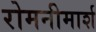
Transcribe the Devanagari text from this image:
रोमनीमार्श